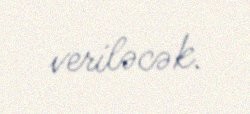
veriləcək.